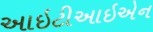
આઇટીઆઇએન